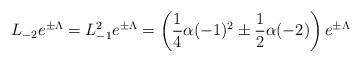
LaTeX: \begin{align*}L_{-2}e^{\pm\Lambda}=L_{-1}^{2}e^{\pm\Lambda}=\left(\frac{1}{4}\alpha(-1)^{2}\pm \frac{1}{2}\alpha(-2)\right)e^{\pm\Lambda}\end{align*}